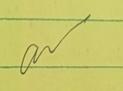
Signature authenticity: genuine